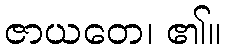
ဇာယတေ၊ ၏။